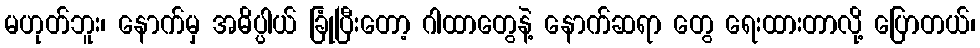
မဟုတ်ဘူး၊ နောက်မှ အဓိပ္ပါယ် ခြုံပြီးတော့ ဂါထာတွေနဲ့ နောက်ဆရာ တွေ ရေးထားတာလို့ ပြောတယ်၊